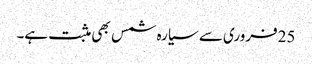
25فروری سے سیارہ شمس بھی مثبت ہے۔